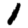
Digit: 1